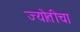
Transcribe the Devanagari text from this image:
ज्योतीचा